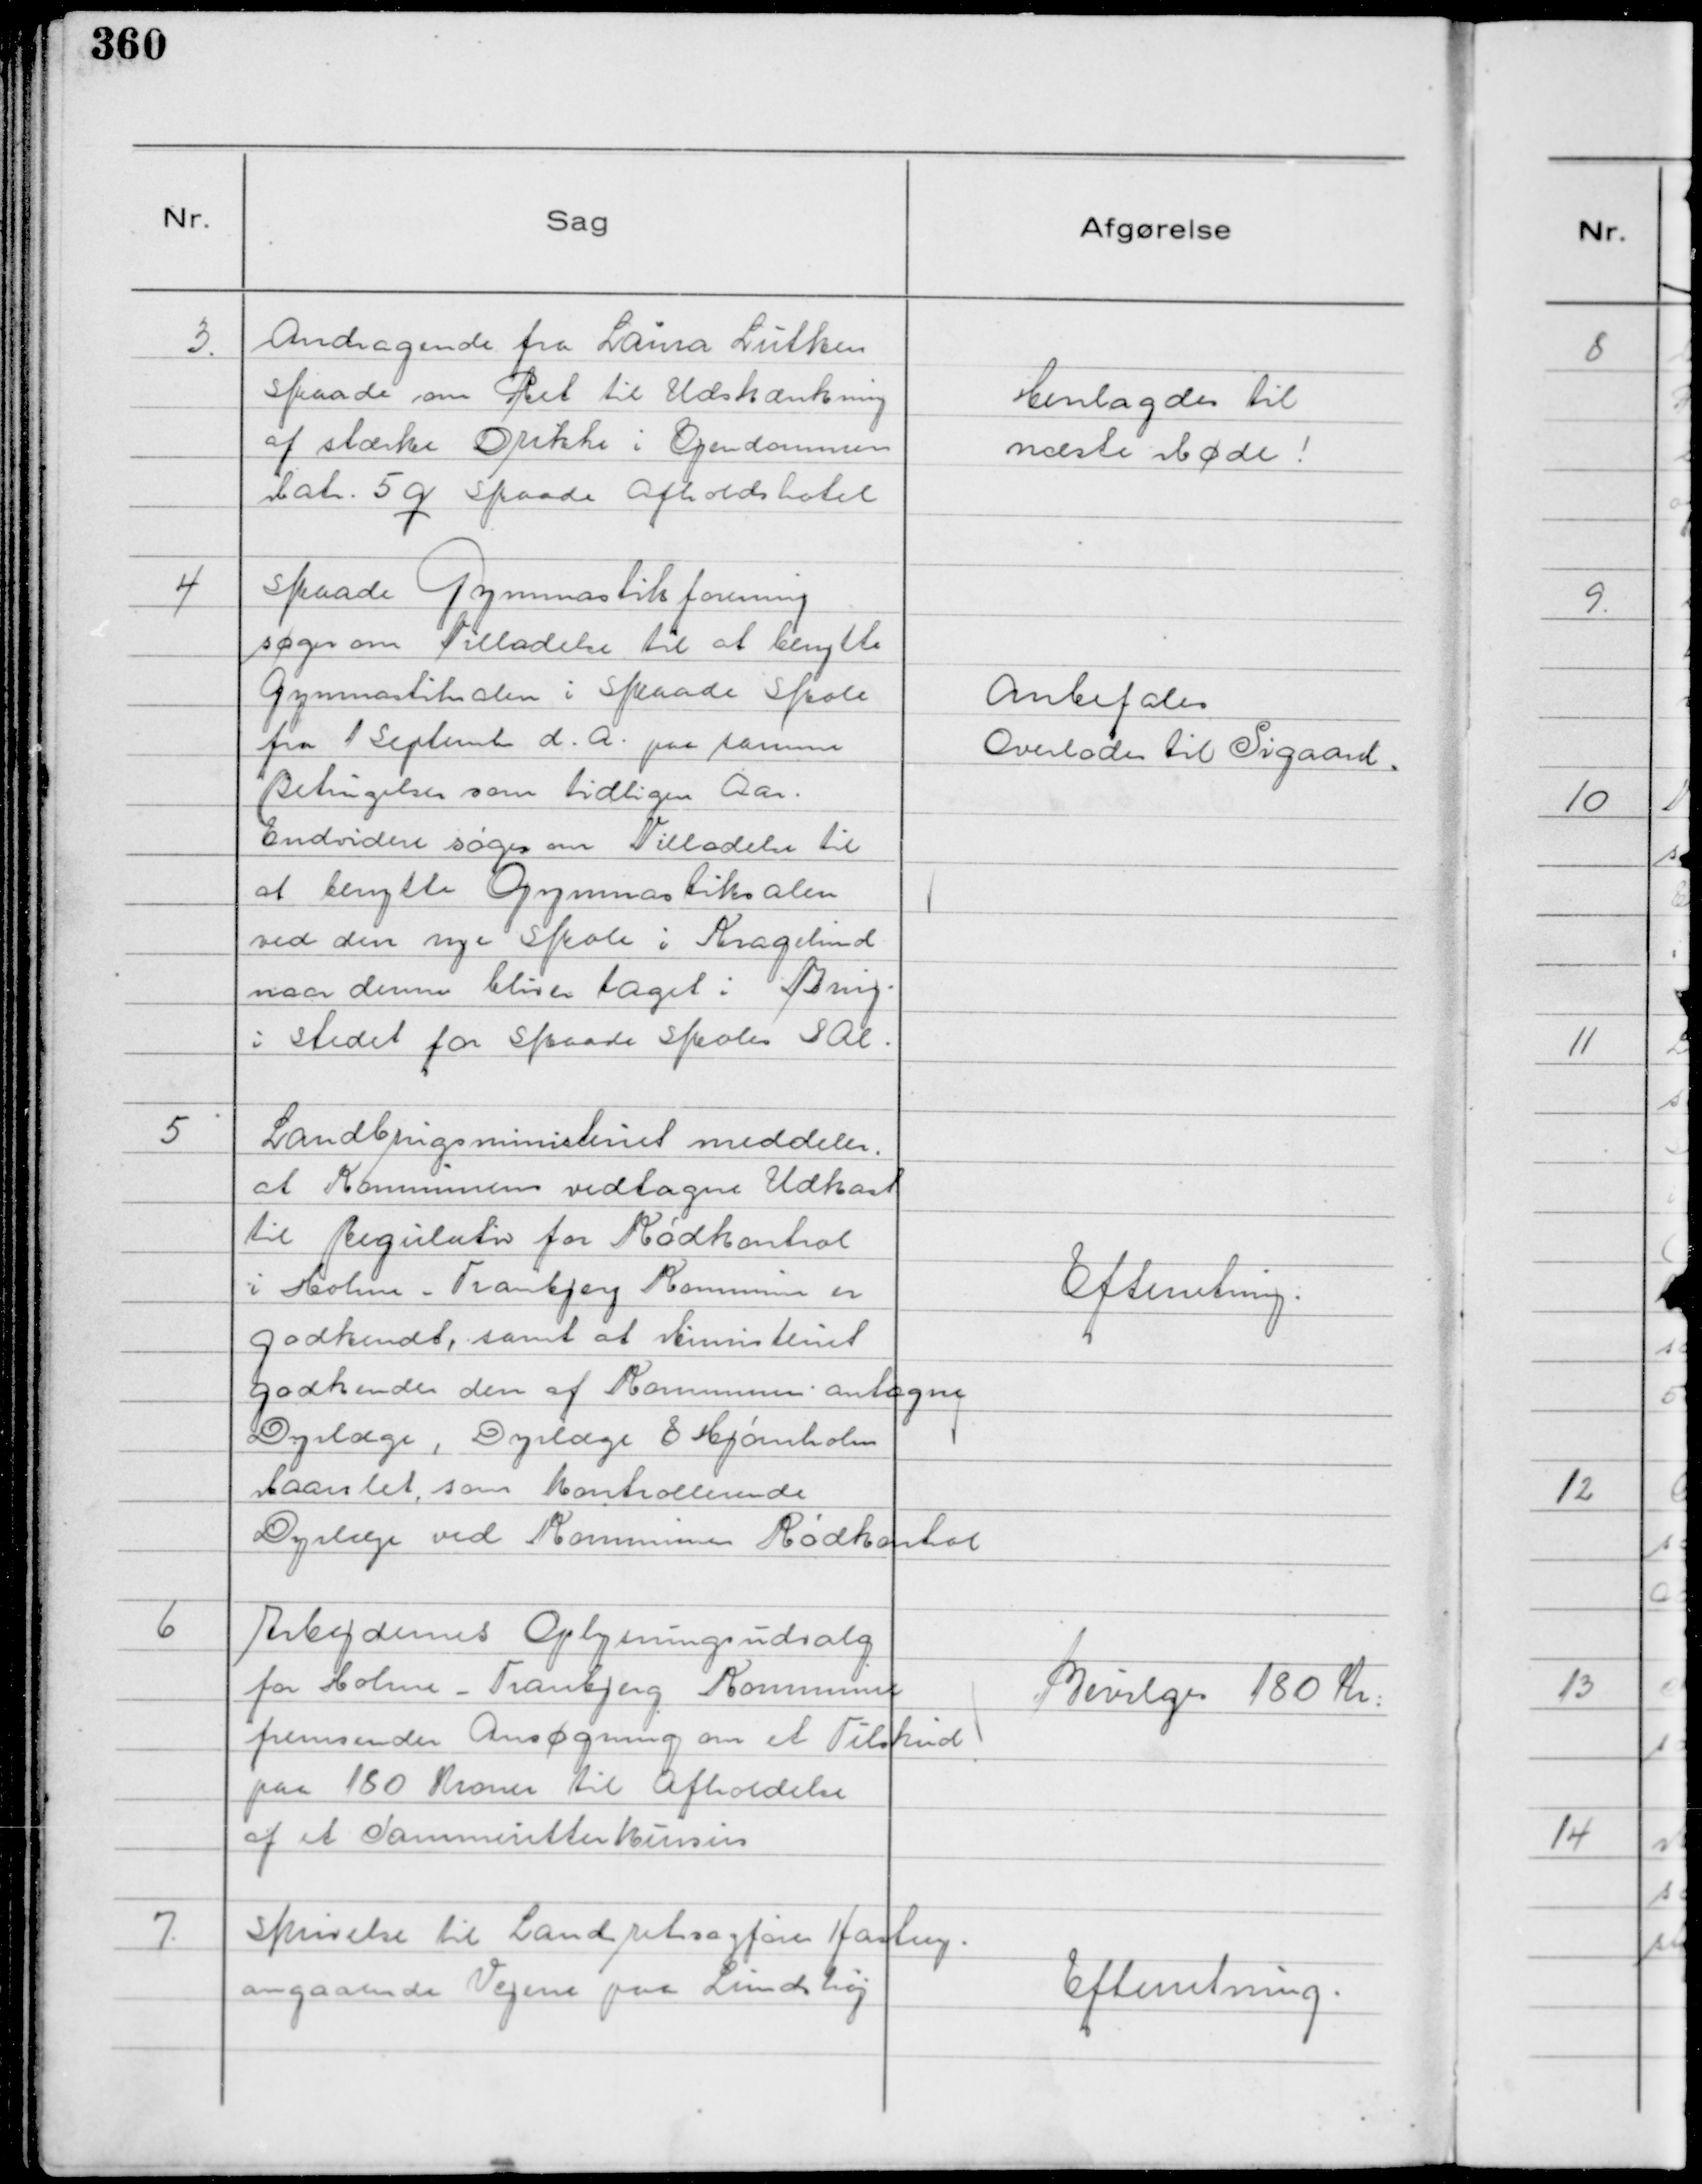
Transskription:
3.
Andragende fra Laura Lütken
Skaade om Ret til Udskænkning
af stærke Drikke i Ejendommen
Matr. 5 q Skaade Afholdshotel

Henlagdes til
næste Møde!

4
Skaade Gymnastikforening
søger om Tilladelse til at benytte
Gymnastiksalen i Skaade Skole
fra 1 September d. A. paa samme
Betingelser som tidligere Aar.
Endvidere søges om Tilladelse til
at benytte Gymnastiksalen
ved den nye Skole i Kragelund
naar denne bliver taget i Brug
i stedet for Skaade Skoles Sal.

Anbefales
Overlodes til Sigaard.

5
Landbrugsministeriet meddeler,
at Kommunens vedtagne Udkast
til Regulation for Kødkontrol
i Holme - Tranbjerg Kommune er
godkendt, samt at Ministeriet
godkender den af Kommunen antagne
Dyrlæge, Dyrlæge E Hjørnholm
Maarslet, som kontrollerende
Dyrlæge ved Kommunens Kødkontrol

Efterretning.

6
Arbejdernes Oplysningsudvalg
for Holme - Tranbjerg Kommune
fremsender Ansøgning om et Tilskud
paa 180 Kroner til Afholdelse
af et Sammeritterkursus

Bevilges 180 Kr:

7.
Skrivelse til Landsretssagfører Hastup.
angaaende Vejene paa Lundshøj

Efterretning.